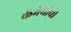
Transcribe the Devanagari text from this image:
कॅमेर्याची